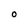
Character: O